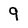
Character: 9